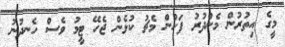
މީގެ އިތުރުން މެންދުރު ފަހުން މެޗު ކުޅެން ޖެހޭ ޓީމު ވެސް ހެނދުނު